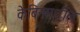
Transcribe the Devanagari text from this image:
केबिनमधील